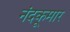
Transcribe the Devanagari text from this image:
नंदकूमार